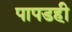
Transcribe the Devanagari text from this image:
पापडही